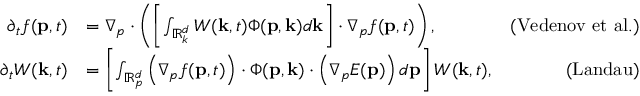
\begin{array} { r l r } { \partial _ { t } f ( \mathbf { p } , t ) } & { = \nabla _ { p } \cdot \left( \left[ \int _ { \mathbb { R } _ { k } ^ { d } } W ( \mathbf { k } , t ) \Phi ( \mathbf { p } , \mathbf { k } ) d \mathbf { k } \right] \cdot \nabla _ { p } f ( \mathbf { p } , t ) \right) , } & { \mathrm { ( V e d e n o v ~ e t ~ a l . } ) } \\ { \partial _ { t } W ( \mathbf { k } , t ) } & { = \left[ \int _ { \mathbb { R } _ { p } ^ { d } } \left( \nabla _ { p } f ( \mathbf { p } , t ) \right) \cdot \Phi ( \mathbf { p } , \mathbf { k } ) \cdot \left( \nabla _ { p } E ( \mathbf { p } ) \right) d \mathbf { p } \right] W ( \mathbf { k } , t ) , } & { \mathrm { ( L a n d a u ) } } \end{array}